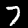
Label: 7